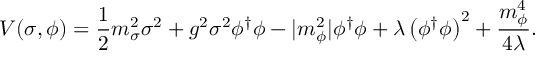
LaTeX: V ( \sigma , \phi ) = \frac { 1 } { 2 } m _ { \sigma } ^ { 2 } \sigma ^ { 2 } + g ^ { 2 } \sigma ^ { 2 } \phi ^ { \dagger } \phi - | m _ { \phi } ^ { 2 } | \phi ^ { \dagger } \phi + \lambda \left( \phi ^ { \dagger } \phi \right) ^ { 2 } + \frac { m _ { \phi } ^ { 4 } } { 4 \lambda } .